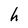
Character: h